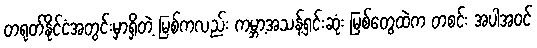
တရုတ်နိုင်ငံအတွင်းမှာရှိတဲ့ မြစ်ကလည်း ကမ္ဘာ့အသန့်ရှင်းဆုံး မြစ်တွေထဲက တစင်း အပါအဝင်